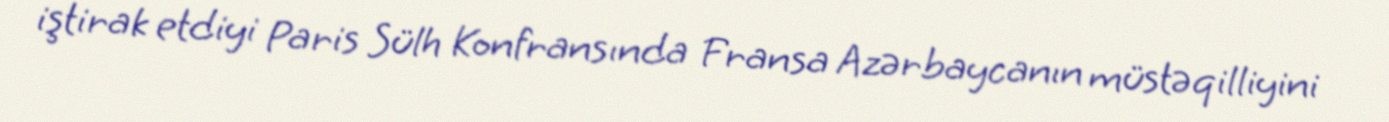
iştirak etdiyi Paris Sülh Konfransında Fransa Azərbaycanın müstəqilliyini